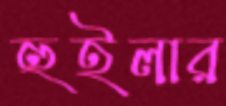
হুইলার